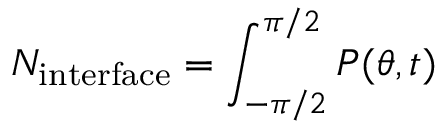
N _ { \mathrm { i n t e r f a c e } } = \int _ { - \pi / 2 } ^ { \pi / 2 } P ( \theta , t )